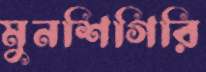
মুনশিগিরি